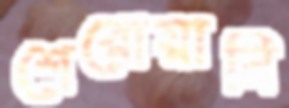
শেরোয়ানি